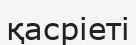
қасріеті